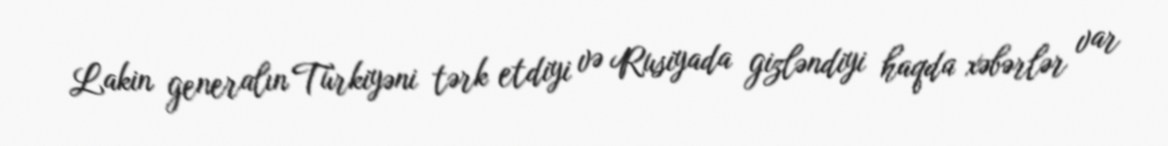
Lakin generalın Türkiyəni tərk etdiyi və Rusiyada gizləndiyi haqda xəbərlər var